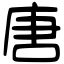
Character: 唐